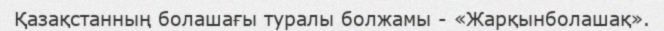
Қазақстанның болашағы туралы болжамы - «Жарқынболашақ».